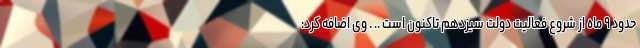
حدود ۹ ماه از شروع فعالیت دولت سیزدهم تاکنون است .. . وی اضافه کرد: